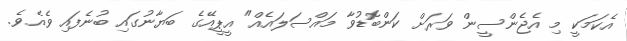
އެކަމަކީ މި އެޖެންސީން ވަރަށް ކަންބޮޑުވާ މައްސަލައެއް" އީޕީއޭގެ ބަޔާނުގައި ބުނެފައި ވެއެވެ.